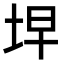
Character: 𭎓